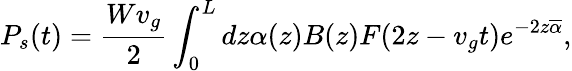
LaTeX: P_{s}(t)=\frac{Wv_{g}}{2}\int_{0}^{L}dz\alpha(z)B(z)F(2z-v_{g}t)e^{-2z\overline{{\alpha}}},